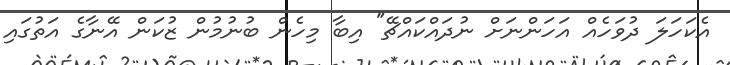
އެކަހަލަ ދުވަހެއް އަހަންނަށް ނުދައްކައްޗޭ" އިބާ މިހެން ބުނުމުން ޒުކަން އޭނާގެ އަތުގައި